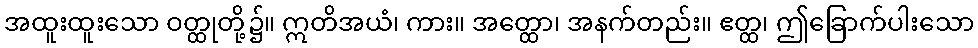
အထူးထူးသော ဝတ္ထုတို့၌။ ဣတိအယံ၊ ကား။ အတ္ထော၊ အနက်တည်း။ ဧတ္ထ၊ ဤခြောက်ပါးသော